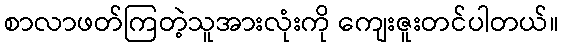
စာလာဖတ်ကြတဲ့သူအားလုံးကို ကျေးဇူးတင်ပါတယ်။